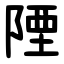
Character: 陻